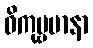
ဝိကုဗ္ဗမာနာ